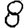
Digit: 8